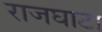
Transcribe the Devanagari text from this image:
राजघाटा